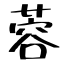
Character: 蓉